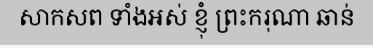
សាកសព ទាំងអស់ ខ្ញុំ ព្រះករុណា ឆាន់